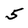
Character: 5